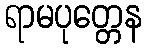
ရာမပုတ္တေန